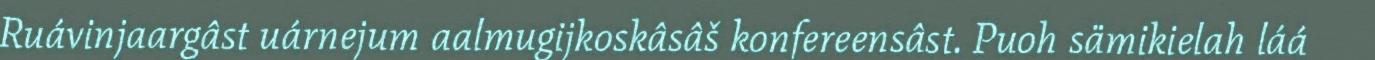
Ruávinjaargâst uárnejum aalmugijkoskâsâš konfereensâst. Puoh sämikielah láá